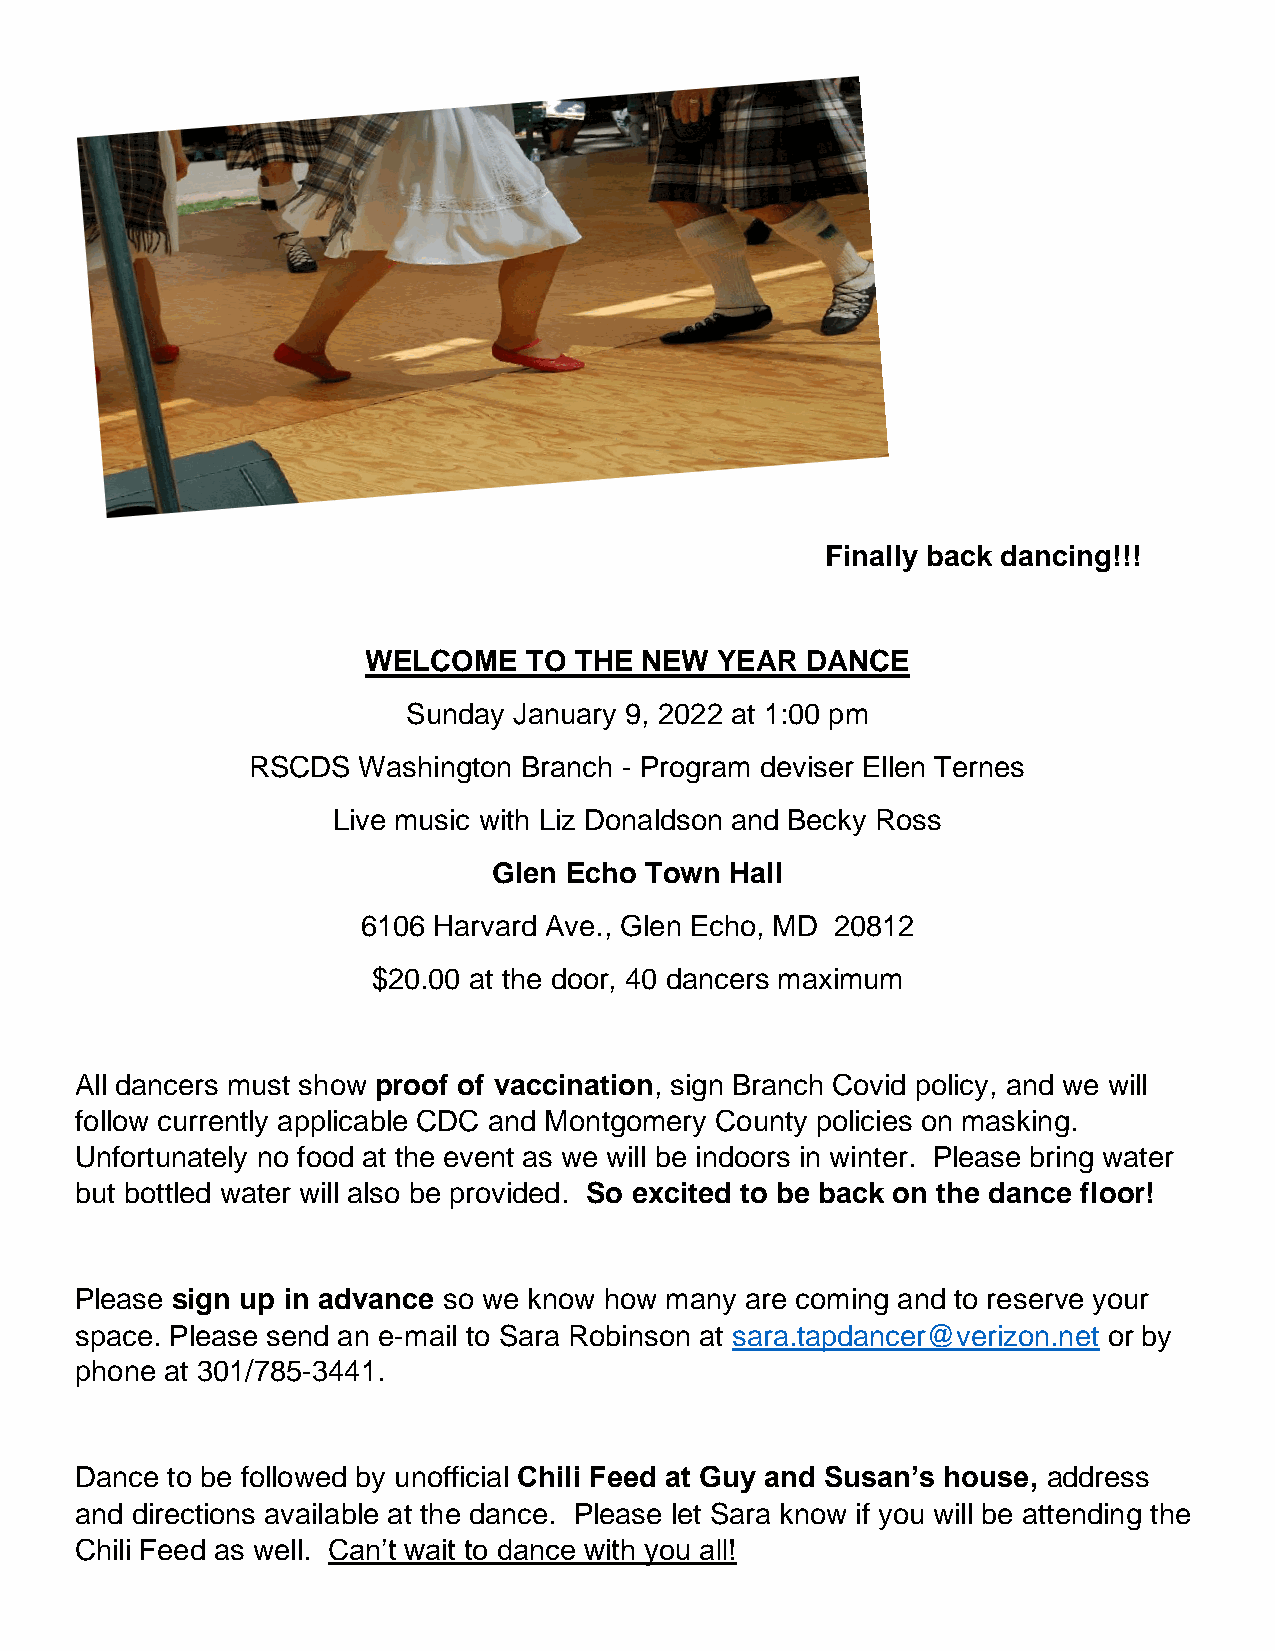
Finally back dancing!!!
 WELCOME    TO THE NEW  YEAR  DANCE
 Sunday January 9, 2022 at 1:00 pm
 RSCDS   Washington Branch - Program deviser Ellen Ternes
 Live music with Liz Donaldson and Becky Ross
 Glen Echo Town Hall
 6106 Harvard Ave., Glen Echo, MD 20812
 $20.00 at the door, 40 dancers maximum
 All dancers must show proof of vaccination, sign Branch Covid policy, and we will
 follow currently applicable CDC and Montgomery County policies on masking.
 Unfortunately no food at the event as we will be indoors in winter. Please bring water
 but bottled water will also be provided. So excited to be back on the dance floor!
 Please sign up in advance so we know how many are coming and to reserve your
 space. Please send an e-mail to Sara Robinson at sara.tapdancer@verizon.net or by
 phone at 301/785-3441.
 Dance to be followed by unofficial Chili Feed at Guy and Susan’s house, address
 and directions available at the dance. Please let Sara know if you will be attending the
 Chili Feed as well. Can’t wait to dance with you all!